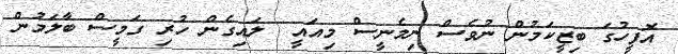
އޮފީހުގަ ބިޒީކަމުން ނުވެސް ނިމެނީސް މިއައީ  ލައިގެން ހުރި ގަމީސް ބާލަމުން